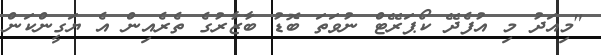
"މިއަދު މި އުފެދޭ ކޯޕަރޭޓް ނުވަތަ ބޮޑު ބާޒާރުގެ ތެރެއިން އެ ޔަގީންކަން